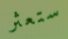
ستعثر